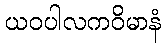
ယဝပါလကဝိမာနံ